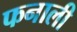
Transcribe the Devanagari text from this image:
फनाली